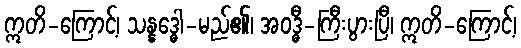
ဣတိ-ကြောင့်၊ သန္နဒ္ဓေါ-မည်၏၊ အဝဒ္ဓီ-ကြီးပွားပြီ၊ ဣတိ-ကြောင့်၊